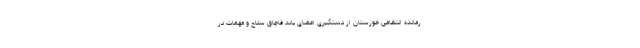
رمانده انتظامی خوزستان از دستگیری اعضای باند قاچاق سلاح و مهمات در